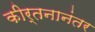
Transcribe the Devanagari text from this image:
कीर्तनानंतर